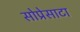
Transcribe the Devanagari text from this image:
सोप्रेसाटा